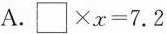
A.$$\Box\times x = 7.2$$